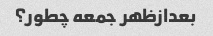
بعدازظهر جمعه چطور؟